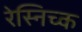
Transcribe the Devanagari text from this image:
रेस्निच्क